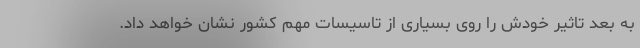
به بعد تاثیر خودش را روی بسیاری از تاسیسات مهم کشور نشان خواهد داد.